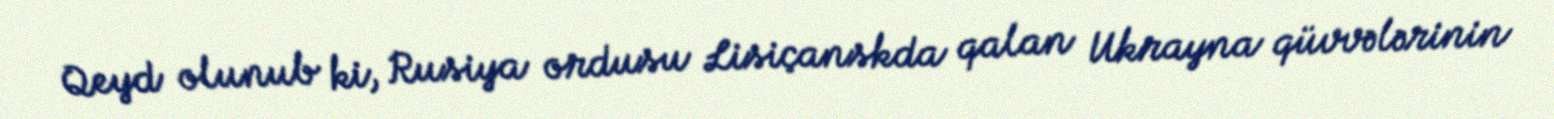
Qeyd olunub ki, Rusiya ordusu Lisiçanskda qalan Ukrayna qüvvələrinin